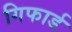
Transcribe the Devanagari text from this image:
गिफार्ड